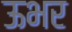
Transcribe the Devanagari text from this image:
ऊभर